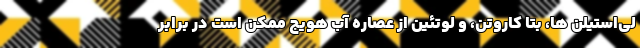
لی‌استیلن ها، بتا کاروتن، و لوتئین از عصاره آب هویج ممکن است در برابر